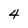
Character: 4